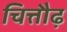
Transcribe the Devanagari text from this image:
चित्तौढ़